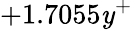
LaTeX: +1.7055\mathit{y}^{+}